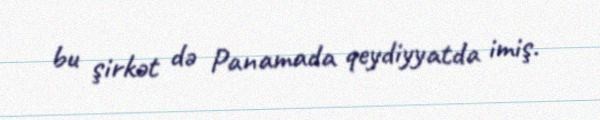
bu şirkət də Panamada qeydiyyatda imiş.